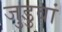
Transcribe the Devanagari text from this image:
जुडुवां